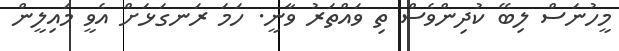
މީހުނަސް ލިބޭ ކުދިންވެސް ތި ވައްތަރު ވާނީ. ހަމަ ރަނގަޅަށް އެވީ މައިލީން